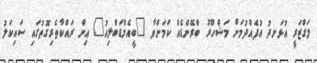
ލަގްޒަރީ އުޅަނދު އުފެއްދުމަށް މަޝްހޫރު ބްރޭންޑެއް ކަމަށްވާ "ބީއެމްޑަބްލިއު" އިން ރައްކާތެރިގޮތުގައި ސައިކަލު